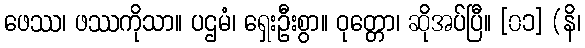
ဖေဿ၊ ဖဿကိုသာ။ ပဌမံ၊ ရှေးဦးစွာ။ ဝုတ္တော၊ ဆိုအပ်ပြီ။ [၀၁] (နိ၊